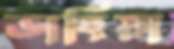
ডাহিয়া